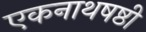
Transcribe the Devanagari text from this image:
एकनाथषष्ठी